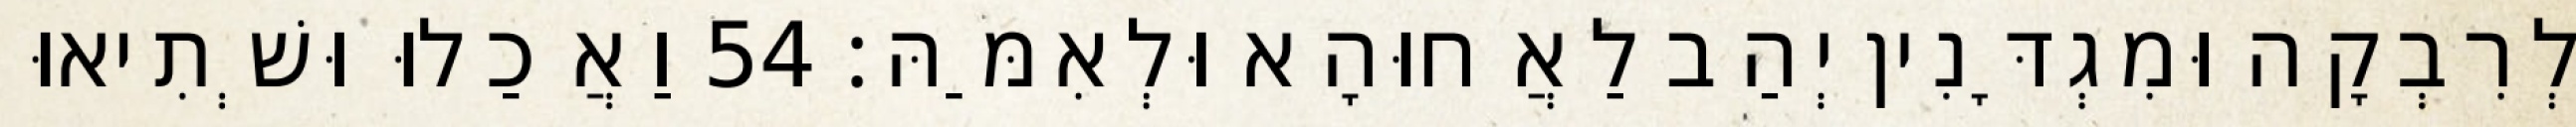
לְרִבְקָה וּמִגְדָּנִין יְהַב לַאֲחוּהָא וּלְאִמַּהּ׃ 54 וַאֲכַלוּ וּשְׁתִיאוּ